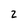
Character: 2